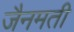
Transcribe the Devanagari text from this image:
जैनमती